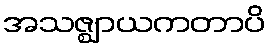
အသဇ္ဈာယကတာပိ